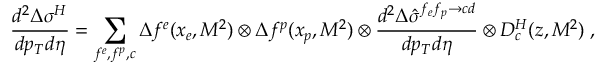
\frac { d ^ { 2 } \Delta \sigma ^ { H } } { d p _ { T } d \eta } = \sum _ { f ^ { e } , f ^ { p } , c } \Delta f ^ { e } ( x _ { e } , M ^ { 2 } ) \otimes \Delta f ^ { p } ( x _ { p } , M ^ { 2 } ) \otimes \frac { d ^ { 2 } \Delta \hat { \sigma } ^ { f _ { e } f _ { p } \rightarrow c d } } { d p _ { T } d \eta } \otimes D _ { c } ^ { H } ( z , M ^ { 2 } ) \; ,